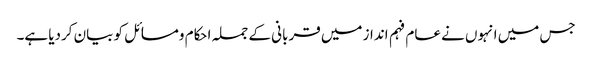
جس میں انہوں نے عام فہم انداز میں قربانی کے جملہ احکام ومسائل کو بیان کردیا ہے۔